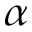
\alpha